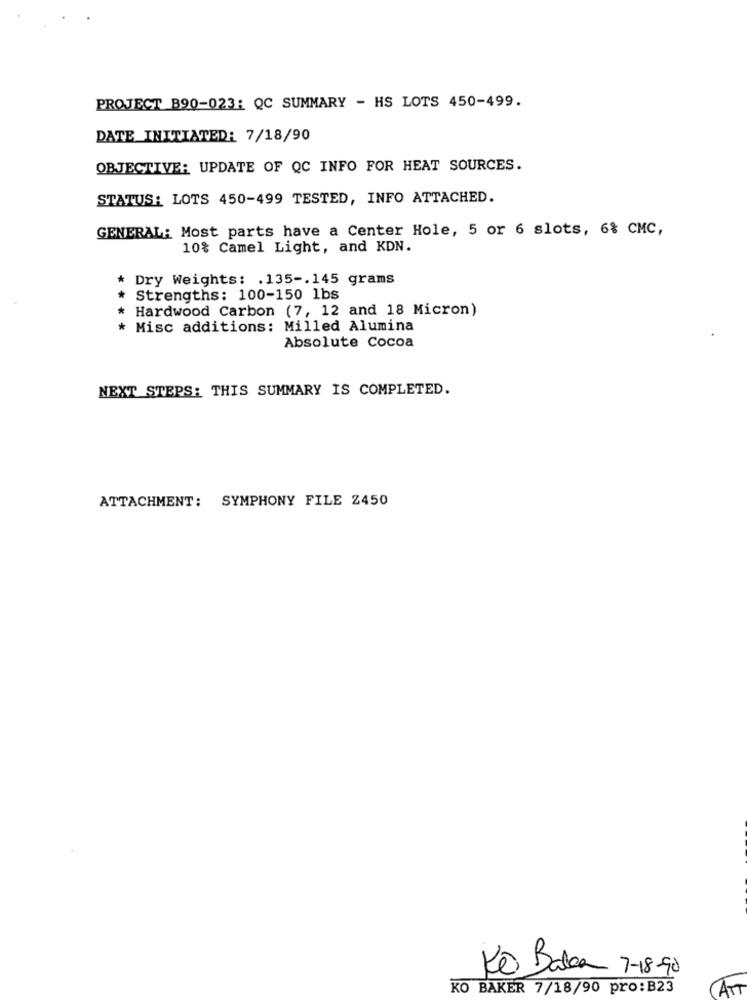
PROJECT B90-023: QC SUMMARY - HS LOTS 450-499.
DATE INITIATED: 7/18/90
OBJECTIVE: UPDATE OF QC INFO FOR HEAT SOURCES.
STATUS: LOTS 450-499 TESTED, INFO ATTACHED.
GENERAL: Most parts have a Center Hole, 5 or 6 slots, 6% CMC,
10% Camel Light, and KDN.
* Dry Weights: . 135 -. 145 grams
* Strengths: 100-150 1bs
* Hardwood Carbon (7, 12 and 18 Micron)
* Misc additions: Milled Alumina
Absolute Cocoa
NEXT STEPS: THIS SUMMARY IS COMPLETED.
ATTACHMENT: SYMPHONY FILE Z450
Ko Bakan
7- 18 -90
KO BAKER 7/18/90 pro:B23
AT